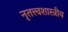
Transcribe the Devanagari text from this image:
नृतत्त्वशास्त्रीय